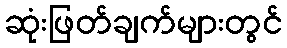
ဆုံးဖြတ်ချက်များတွင်